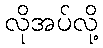
လိုအပ်လို့